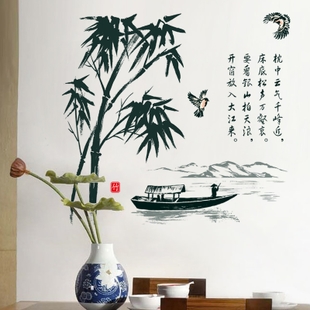
奈南墙冷落，竹烟槐雨。